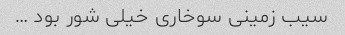
سیب زمینی سوخاری خیلی شور بود …